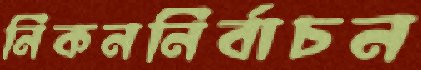
নিকননির্বাচন